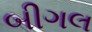
બીગલ